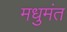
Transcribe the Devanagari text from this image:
मधुमंत